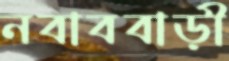
নবাববাড়ী